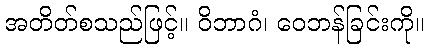
အတိတ်စသည်ဖြင့်။ ဝိဘာဂံ၊ ဝေဘန်ခြင်းကို။